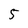
Character: 5